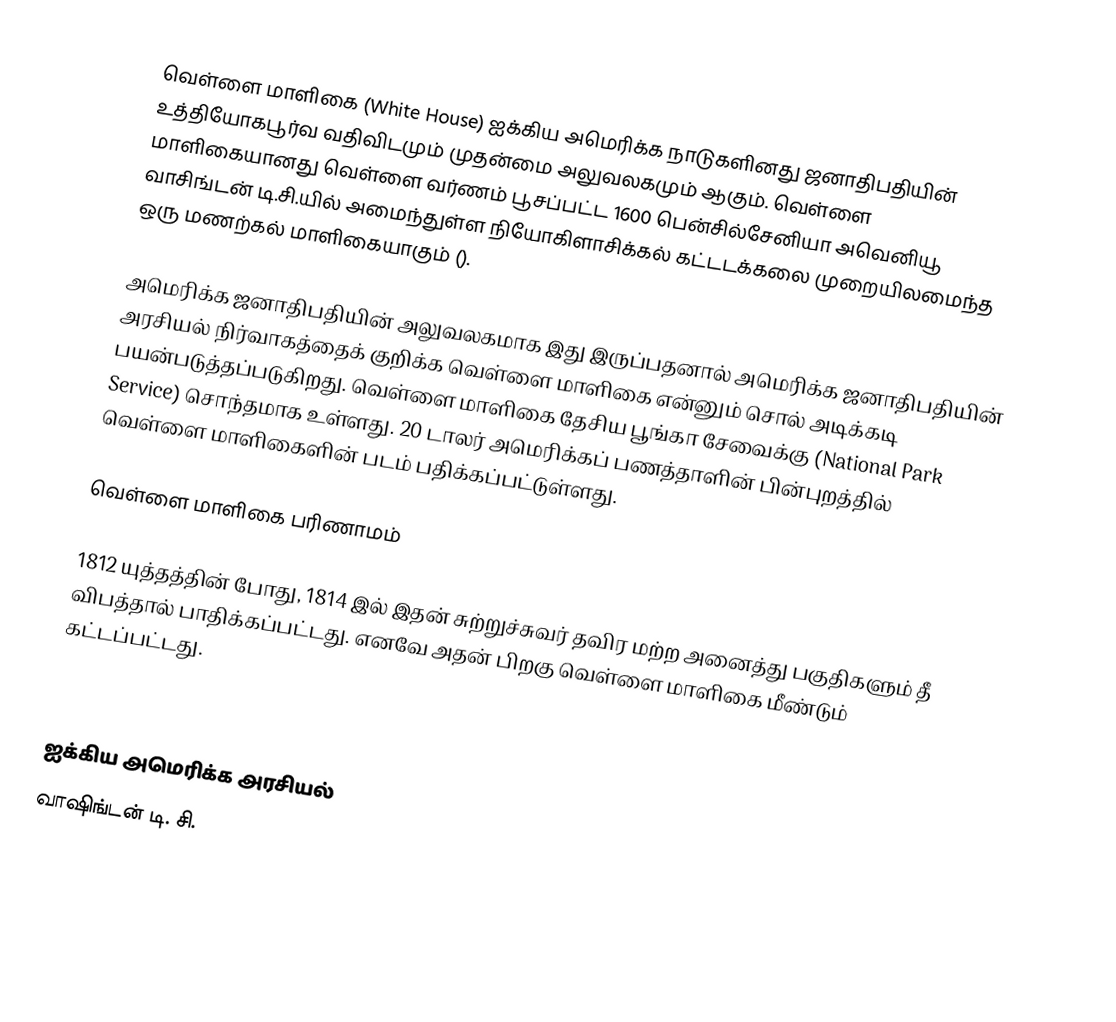
வெள்ளை மாளிகை (White House) ஐக்கிய அமெரிக்க நாடுகளினது ஜனாதிபதியின் உத்தியோகபூர்வ வதிவிடமும் முதன்மை அலுவலகமும் ஆகும். வெள்ளை மாளிகையானது வெள்ளை வர்ணம் பூசப்பட்ட 1600 பென்சில்சேனியா அவெனியூ வாசிங்டன் டி.சி.யில் அமைந்துள்ள நியோகிளாசிக்கல் கட்டடக்கலை முறையிலமைந்த ஒரு மணற்கல் மாளிகையாகும் ().

அமெரிக்க ஜனாதிபதியின் அலுவலகமாக இது இருப்பதனால் அமெரிக்க ஜனாதிபதியின் அரசியல் நிர்வாகத்தைக் குறிக்க வெள்ளை மாளிகை என்னும் சொல் அடிக்கடி பயன்படுத்தப்படுகிறது. வெள்ளை மாளிகை தேசிய பூங்கா சேவைக்கு (National Park Service) சொந்தமாக உள்ளது. 20 டாலர் அமெரிக்கப் பணத்தாளின் பின்புறத்தில் வெள்ளை மாளிகைளின் படம் பதிக்கப்பட்டுள்ளது.

வெள்ளை மாளிகை பரிணாமம்

1812 யுத்தத்தின் போது, 1814 இல் இதன் சுற்றுச்சுவர் தவிர மற்ற அனைத்து பகுதிகளும் தீ விபத்தால் பாதிக்கப்பட்டது.  எனவே அதன் பிறகு வெள்ளை மாளிகை மீண்டும் கட்டப்பட்டது.

References

ஐக்கிய அமெரிக்க அரசியல்
வாஷிங்டன் டி. சி.